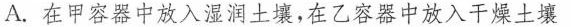
A.在甲容器中放入湿润土壤，在乙容器中放入干燥土壤